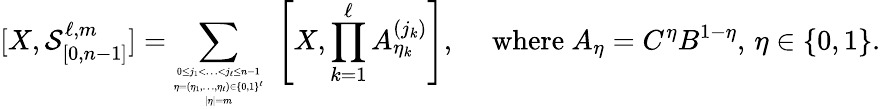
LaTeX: [X,\mathcal{S}_{[0,n-1]}^{\ell,m}]=\sum_{\tiny\begin{array}{c}{0\leq j_{1}<\ldots<j_{\ell}\leq n-1}\\ {\eta=(\eta_{1},\ldots,\eta_{\ell})\in\{ 0,1\} ^{\ell}}\\ {|\eta|=m}\end{array}}\, \, \left[X,\prod_{k=1}^{\ell}A_{\eta_{k}}^{(j_{k})}\right],\quad\mathrm{~where~}A_{\eta}=C^{\eta}B^{1-\eta},\, \eta\in\{ 0,1\} .